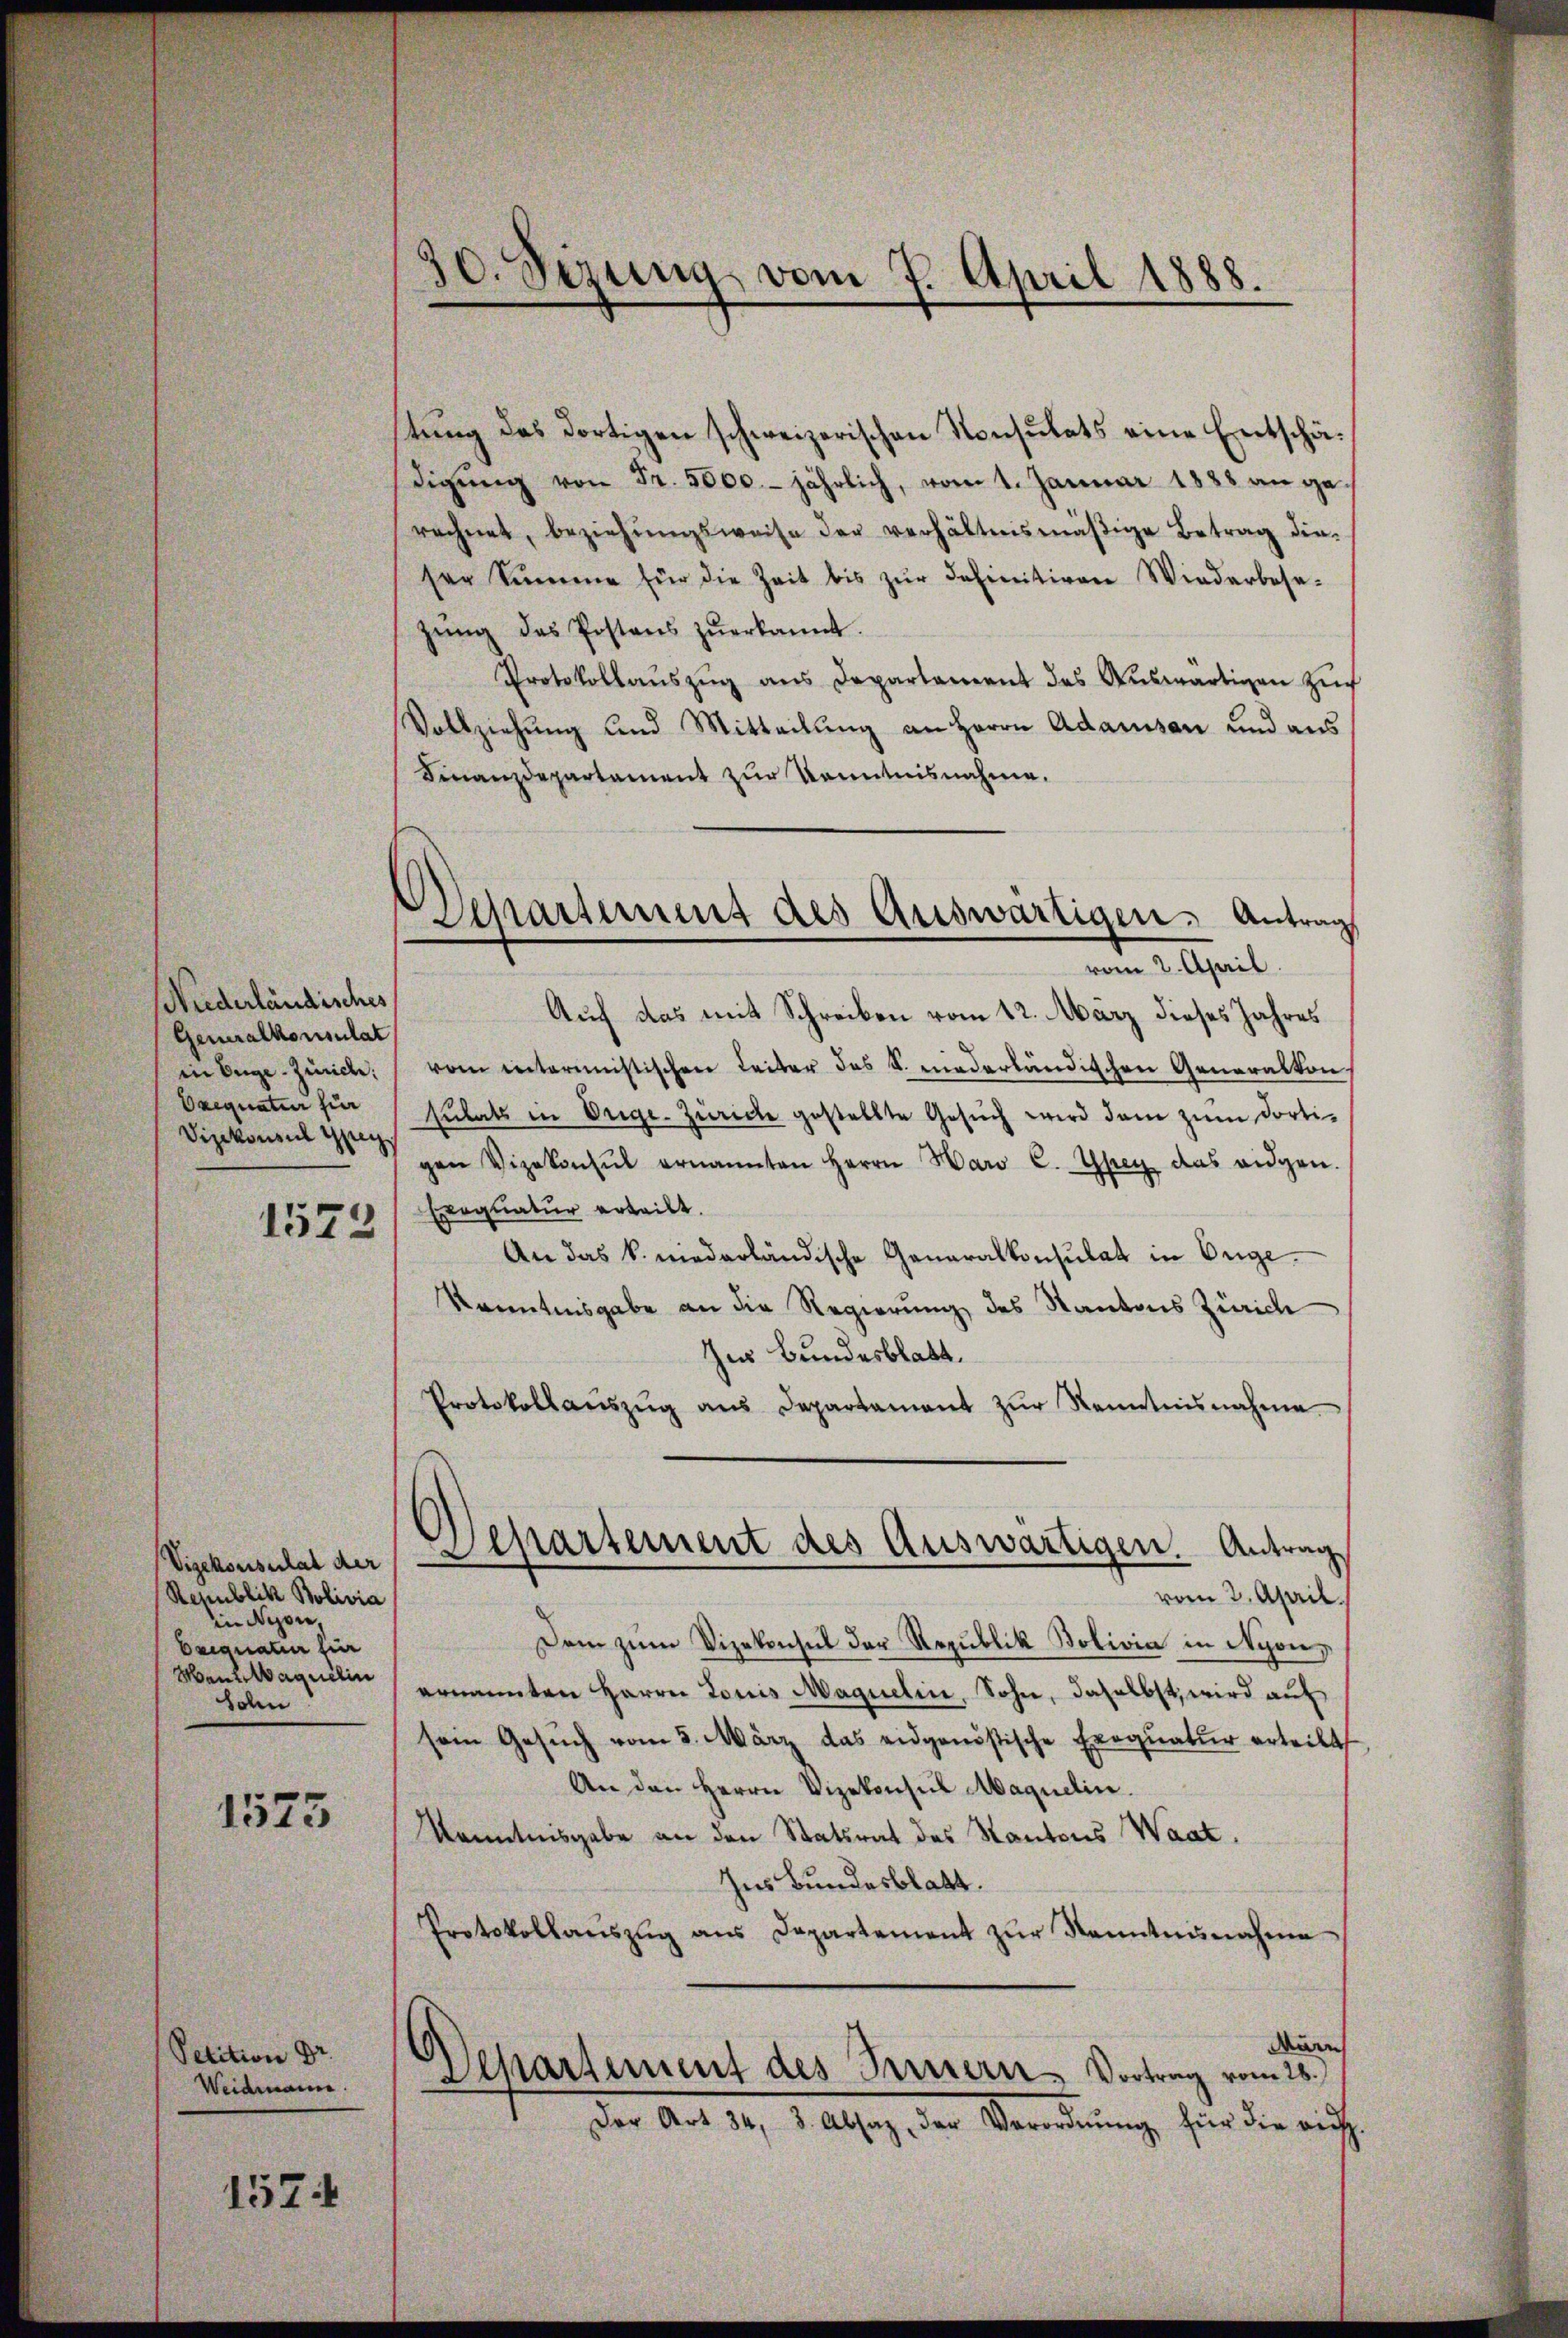
Niederländisches
Generalkonsulat
in Enge-Zürich:
Orequatur für
Vizekonsul geg
1573

Vizekonsulat der
Republik Polivia
in Nyon,
Beequatur hier
MenWaquilin
Sohn

1525

Petition Dr.
Weidmann.

1574

30. Sizung vom 7. April 1888.
e

Schartimes des Auswärtigen. Antrag
vom 2. April.

tung des dortigen schweizerischen Konsulats eine Entschädigŭng von Fr. 5000. jährlich, vom 1. Januar 1883 an gerechnet, beziehŭngsweise der verhältnismäβige Betrag die-
ser Summe für die Zeit bis zŭr definitiven Wiederbese-
zŭng des Postens zŭerkannt.
Protokollaŭszŭg ans Departament des Aŭswärtigen zŭr
Vollziehung und Mitteilung an Herrn Adamsen und aus
Finanzdepartament zur Kenntnisnahme.
Auf das mit Schreiben vom 12. März dieses Jahres
vom intermistischen Leiter des S. niederländischen Generalkon
sulats in Orige Zürich gestellte Gesŭch wird dem zum dortigen Vizekonsul ernannten Herrn Haro C. Ypey das eidgen.
Exequatur erteilt.
An das k. niederländische Generalkonsulat in Enge.
Kenntnisgabe an die Regierung des Kantons Zürich
Zur Bundesblatt.
Protokollaŭszŭg ans Departament zŭr Kenntnisnahme.
Apartement des Auswärtigen. Antrag
vom 2. April.
Dem zum Vizekonsul der Republik Bolivia in Nyon,
ernannten Herrn Louis Maquelin, Sohn, daselbst, wird auf
sein Gesŭch vom 5. März das eidgenössische Exequatur erteilt
An den Herrn Vizekonsul Maquelin.
Kenntnisgabe an den Statsrat des Kantons Waat.
Ins Bundesblatt.
Protokollaŭszŭg ans Departement zŭr Kenntnisnahme
Marn
Departement des Innern Vortrag vom 28.
Der Art. 34, 3. Absaz, der Verordnŭng für die rich